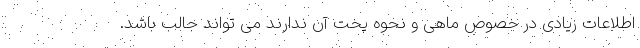
اطلاعات زیادی در خصوص ماهی و نحوه پخت آن ندارند می تواند جالب باشد.